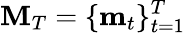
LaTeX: {\mathbf{M}}_{T}=\{ {\mathbf{m}}_{t}\} _{t=1}^{T}